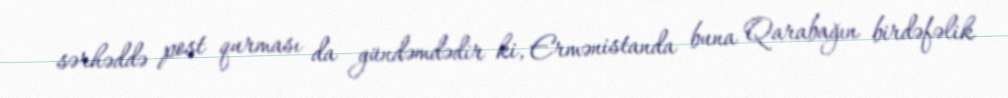
sərhəddə post qurması da gündəmdədir ki, Ermənistanda buna Qarabağın birdəfəlik